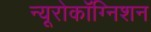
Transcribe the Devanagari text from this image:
न्यूरोकॉग्निशन